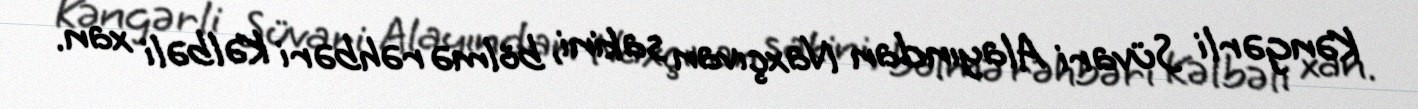
Kəngərli Süvari Alayından Naxçıvan sakini, bölmə rəhbəri Kəlbəli xan.